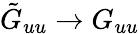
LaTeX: \tilde{G}_{uu}\to G_{uu}